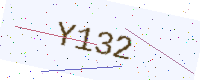
Text: Y132